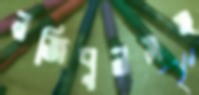
নজিবুলসহ